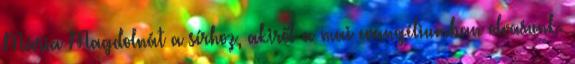
Mária Magdolnát a sírhoz, akiről a mai evangéliumban olvasunk.